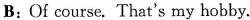
B:Of course. That's my hobby.